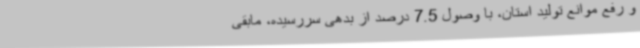
و رفع موانع تولید استان‌، با وصول 7.5 درصد از بدهی سررسیده، مابقی